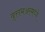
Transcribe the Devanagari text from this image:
वृत्तभञ्जरमध्ये